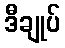
ဒီချုပ်